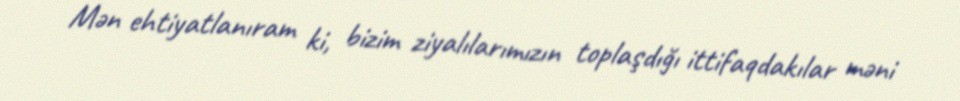
Mən ehtiyatlanıram ki, bizim ziyalılarımızın toplaşdığı ittifaqdakılar məni